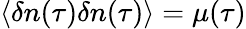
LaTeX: \langle\delta n(\tau)\delta n(\tau)\rangle=\mu(\tau)